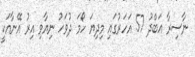
ނާސިރާ އަބްދު 57 އަހަރުގައި މިދިޔަ ހޯމަ ދުވަހު ނިޔާވި އިރު އޭނާއަކީ